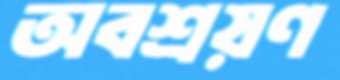
অবশ্রয়ণ